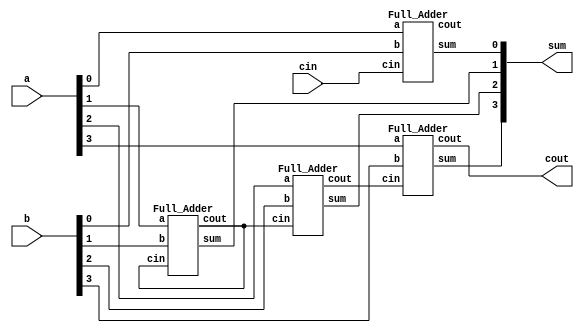
`timescale 1ns/1ps

module Ripple_Carry_Adder(a, b, cin, cout, sum);
input [4-1:0] a, b;
input cin;
output cout;
output [4-1:0] sum;
wire [3-1:0] c;
Full_Adder fa0(a[0], b[0], cin, c[0], sum[0]);
Full_Adder fa1(a[1], b[1], c[1], c[1], sum[1]);
Full_Adder fa2(a[2], b[2], c[1], c[2], sum[2]);
Full_Adder fa3(a[3], b[3], c[2], cout, sum[3]);

endmodule



module Full_Adder (a, b, cin, cout, sum);
input a, b, cin;
output cout, sum;
wire temp;
//sum = a xor b xor cin
Xor_gate o0(temp, a, b);
Xor_gate o1(sum, temp, cin);
//cout = ab + bc + ac
Majority m0(a, b, cin, cout);
endmodule

module Majority(a, b, c, out);
input a, b, c;
output out;
wire a_and_b, b_and_c, a_and_c;
wire ab_or_ac;
And_gate a0(a_and_b, a, b);
And_gate a1(b_and_c, b, c);
And_gate a2(a_and_c, a, c);
Or_gate o0(ab_or_ac, a_and_b, a_and_c);
Or_gate o1(out, ab_or_ac, b_and_c);
endmodule

module Not_gate(out, in);
input in;
output out;
nand n0(out, in, in);
endmodule

module Or_gate(out, in1, in2);
input in1, in2;
output out;
wire n_in1, n_in2;
Not_gate n0(n_in1, in1);
Not_gate n1(n_in2, in2);
nand n2(out, n_in1, n_in2);
endmodule

module And_gate(out, in1, in2);
input in1, in2;
output out;
wire n_in1, n_in2;
wire n_in1_Or_n_in2;
Not_gate n0(n_in1, in1);
Not_gate n1(n_in2, in2);
Or_gate o0(n_in1_Or_n_in2, n_in1, n_in2);
Not_gate n2(out, n_in1_Or_n_in2);
endmodule

module Xor_gate(out, in1, in2);
input in1, in2;
output out;
wire n_in1, n_in2;
wire nin1_in2, in1_nin2;
Not_gate n4(n_in1, in1);
Not_gate n5(n_in2, in2);

And_gate an1(nin1_in2, n_in1, in2);
And_gate an2(in1_nin2, in1, n_in2);
Or_gate o1(out, nin1_in2, in1_nin2);

endmodule